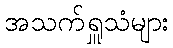
အသက်ရှူသံများ